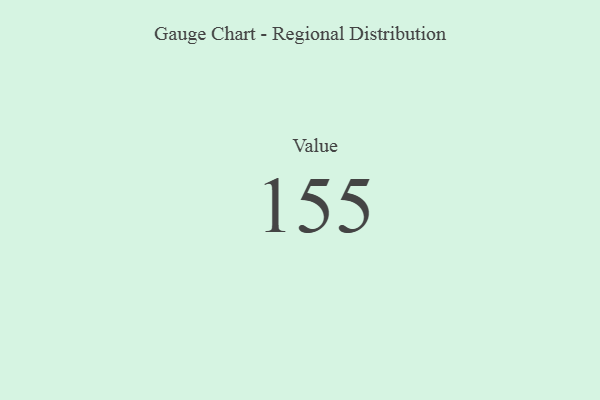
{"axis": {"x": "Metric", "y": "Value"}, "legend": [""], "data": [{"x": "Value", "y": 155, "type": ""}]}